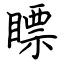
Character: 瞟